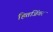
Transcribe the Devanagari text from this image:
हितजिंगर